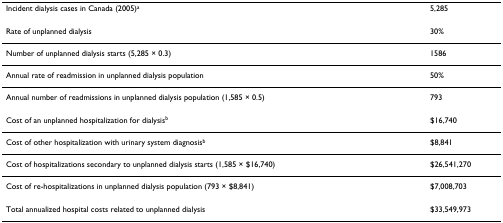
<table><thead><tr><td><b>Incident dialysis cases in Canada (2005)<sup>a</sup></b></td><td><b>5,285</b></td></tr></thead><tbody><tr><td>Rate of unplanned dialysis</td><td>30%</td></tr><tr><td>Number of unplanned dialysis starts (5,285 × 0.3)</td><td>1586</td></tr><tr><td>Annual rate of readmission in unplanned dialysis population</td><td>50%</td></tr><tr><td>Annual number of readmissions in unplanned dialysis population (1,585 × 0.5)</td><td>793</td></tr><tr><td>Cost of an unplanned hospitalization for dialysis<sup>b</sup></td><td>$16,740</td></tr><tr><td>Cost of other hospitalization with urinary system diagnosis<sup>b</sup></td><td>$8,841</td></tr><tr><td>Cost of hospitalizations secondary to unplanned dialysis starts (1,585 × $16,740)</td><td>$26,541,270</td></tr><tr><td>Cost of re-hospitalizations in unplanned dialysis population (793 × $8,841)</td><td>$7,008,703</td></tr><tr><td>Total annualized hospital costs related to unplanned dialysis</td><td>$33,549,973</td></tr></tbody></table>